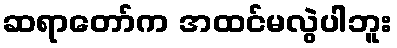
ဆရာတော်က အထင်မလွဲပါဘူး